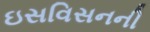
ઇસવિસનની